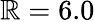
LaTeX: \mathbb{R}=6.0